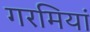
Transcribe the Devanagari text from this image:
गरमियां